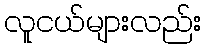
လူငယ်များလည်း